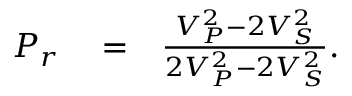
\begin{array} { r l r } { P _ { r } } & { { } = } & { \frac { V _ { P } ^ { 2 } - 2 V _ { S } ^ { 2 } } { 2 V _ { P } ^ { 2 } - 2 V _ { S } ^ { 2 } } . } \end{array}